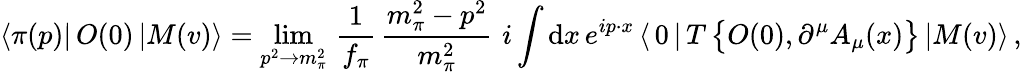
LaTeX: \langle\pi(p)|\, O(0)\, |M(v)\rangle=\operatorname*{lim}_{p^{2}\to m_{\pi}^{2}}\, {\frac{1}{f_{\pi}}}\, {\frac{m_{\pi}^{2}-p^{2}}{m_{\pi}^{2}}}\, \, i\int\mathrm{d}x\, e^{ip\cdot x}\, \langle\, 0\, |\, T\, \big\{ O(0),\partial^{\mu}A_{\mu}(x)\big\} \, |M(v)\rangle\, ,